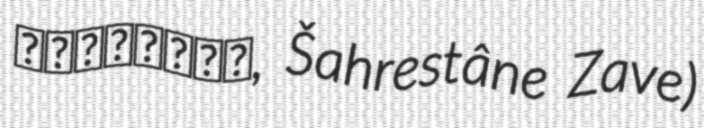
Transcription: صالح‌آباد, Šahrestâne Zave)